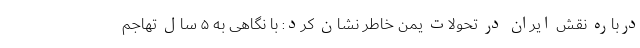
درباره نقش ایران در تحولات یمن خاطر نشان کرد: با نگاهی به ۵ سال تهاجم